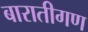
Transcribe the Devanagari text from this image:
बारातीगण